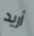
أريد